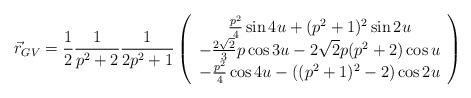
LaTeX: \begin{align*}\vec r_{GV} = {1\over 2}{1\over p^2+2}{1\over 2p^2+1} \left( \begin{array}{c}{p^2\over 4}\sin{4u} +(p^2+1)^2\sin{2u} \\ -{2\sqrt{2}\over 3}p\cos{3u} -2\sqrt{2}p(p^2+2)\cos{u} \\ -{p^2\over 4}\cos{4u} -((p^2+1)^2-2)\cos{2u} \end{array} \right)\end{align*}